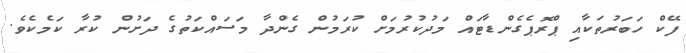
ފޭކް ހަބަރުތަކާއި ޕްރޮޕެގެންޑާޓައް މަދުކުރުމަށް ކުރަމުން ގެންދާ މަސައްކަތުގެ ދަށުން ކުރާ ކަމެކެވެ.